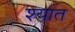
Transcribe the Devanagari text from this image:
श्यात